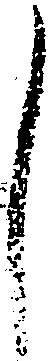
し